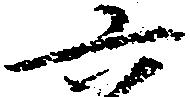
六